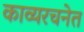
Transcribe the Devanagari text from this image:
काव्यरचनेत